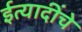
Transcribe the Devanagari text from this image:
ईत्यादींचे